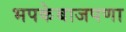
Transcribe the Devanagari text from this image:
भपकेबाजपणा